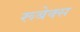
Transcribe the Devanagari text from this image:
रूबेक्स